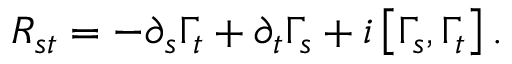
R _ { s t } = - \partial _ { s } \Gamma _ { t } + \partial _ { t } \Gamma _ { s } + i \left[ \Gamma _ { s } , \Gamma _ { t } \right] .